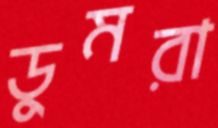
ডুমরা